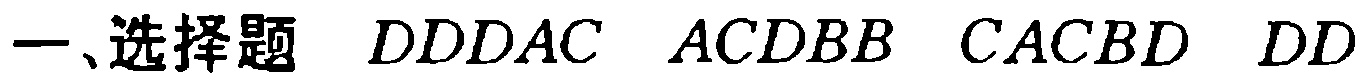
一、选择题 \(DDDAC\ ACDBB\ CACBD\ DD\)